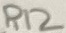
Text: R12